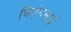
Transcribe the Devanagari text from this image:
चिएंगमाई